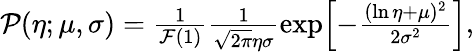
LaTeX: \begin{array}{r}{\mathcal{P}(\eta;\mu,\sigma)=\frac{1}{\mathcal{F}(1)}\frac{1}{\sqrt{2\pi}\eta\sigma}\exp\Bigl[-\frac{(\ln\eta+\mu)^{2}}{2\sigma^{2}}\Bigr],}\end{array}